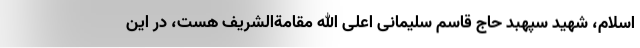
اسلام، شهید سپهبد حاج قاسم سلیمانی اعلی الله مقامةالشریف هست، در این